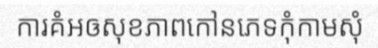
ការគំអឲសុខភាពកៅនភេទកុំកាមសុំ